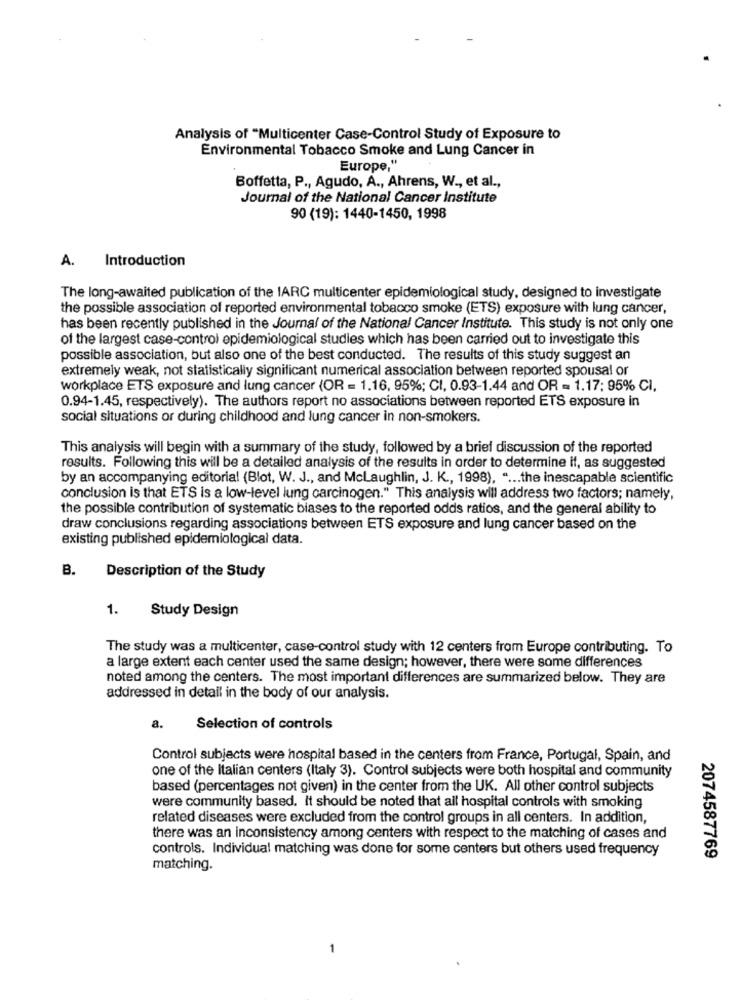
Analysis of "Multicenter Case-Control Study of Exposure to
Environmental Tobacco Smoke and Lung Cancer in
Europe,"
Boffetta, P ., Agudo, A ., Ahrens, W ., et al .,
Journal of the National Cancer Institute
90 (19): 1440-1450, 1998
Introduction
A.
The long-awaited publication of the IARC multicenter epidemiological study, designed to investigate
the possible association of reported environmental tobacco smoke (ETS) exposure with lung cancer,
has been recently published in the Journal of the National Cancer Institute. This study is not only one
of the largest case-control epidemiological studies which has been carried out to investigate this
possible association, but also one of the best conducted. The results of this study suggest an
extremely weak, not statistically significant numerical association between reported spousal or
workplace ETS exposure and lung cancer (OR = 1.16, 95%; CI, 0.93-1.44 and OR = 1.17: 95% CI.
0.94-1.45, respectively). The authors report no associations between reported ETS exposure in
social situations or during childhood and lung cancer in non-smokers.
This analysis will begin with a summary of the study, followed by a brief discussion of the reported
results. Following this will be a detailed analysis of the results in order to determine if, as suggested
by an accompanying editorial (Blot, W. J ., and Mclaughlin, J. K ., 1998), " ... the inescapable scientific
conclusion is that ETS is a low-level lung carcinogen." This analysis will address two factors; namely,
the possible contribution of systematic biases to the reported odds ratios, and the general ability to
draw conclusions regarding associations between ETS exposure and lung cancer based on the
existing published epidemiological data.
B.
Description of the Study
1.
Study Design
The study was a multicenter, case-control study with 12 centers from Europe contributing. To
a large extent each center used the same design; however, there were some differences
noted among the centers. The most important differences are summarized below. They are
addressed in detail in the body of our analysis.
a.
Selection of controls
Control subjects were hospital based in the centers from France, Portugal, Spain, and
one of the Italian centers (Italy 3). Control subjects were both hospital and community
based (percentages not given) in the center from the UK. All other control subjects
were community based. It should be noted that all hospital controls with smoking
related diseases were excluded from the control groups in all centers. In addition,
there was an inconsistency among centers with respect to the matching of cases and
controls. Individual matching was done for some centers but others used frequency
2074587769
matching.
-